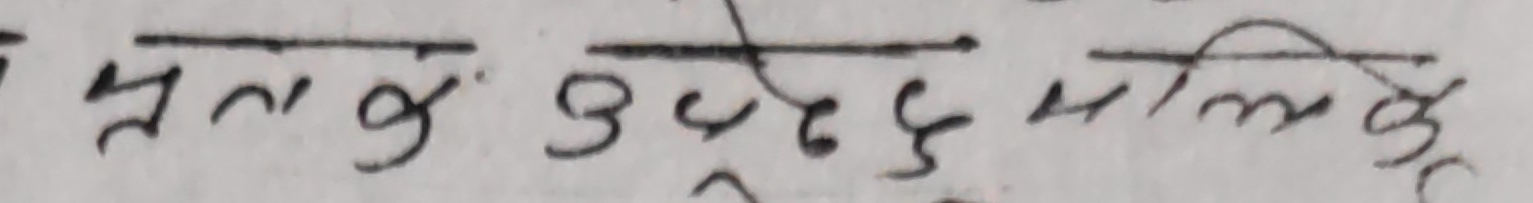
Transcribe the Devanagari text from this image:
प्रत्येक उद्देश्य मिलके